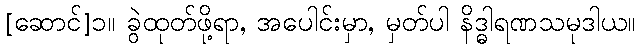
[ဆောင်]၁။ ခွဲထုတ်ဖို့ရာ, အပေါင်းမှာ, မှတ်ပါ နိဒ္ဓါရဏသမုဒါယ။